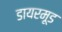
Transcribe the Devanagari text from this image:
डायरमूड